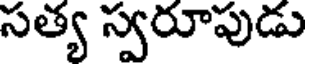
సత్య స్వరూపుడు